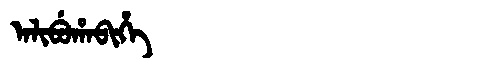
Manchu: ᠠᠯᡳᠪᡠᡥᠠᠪᡳᡥᡝ
Romanization: ALIBUHABIHE